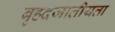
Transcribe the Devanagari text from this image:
बृहदजातीयता